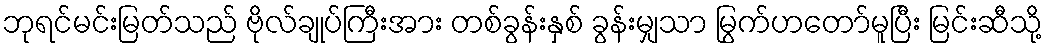
ဘုရင်မင်းမြတ်သည် ဗိုလ်ချုပ်ကြီးအား တစ်ခွန်းနှစ် ခွန်းမျှသာ မြွက်ဟတော်မူပြီး မြင်းဆီသို့